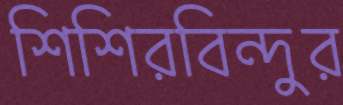
শিশিরবিন্দুর